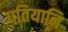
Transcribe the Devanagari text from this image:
पतियानि